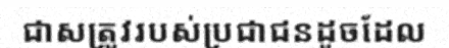
ជាសត្រូវរបស់ប្រជាជនដូចដែល